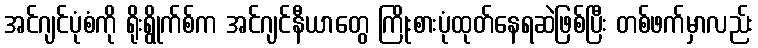
အင်ဂျင်ပုံစံကို ရိုးရွိုက်စ်က အင်ဂျင်နီယာတွေ ကြိုးစားပုံထုတ်နေရဆဲဖြစ်ပြီး တစ်ဖက်မှာလည်း